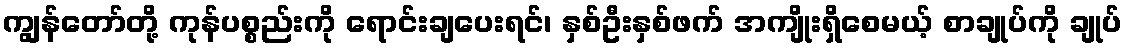
ကျွန်တော်တို့ ကုန်ပစ္စည်းကို ရောင်းချပေးရင်၊ နှစ်ဦးနှစ်ဖက် အကျိုးရှိစေမယ့် စာချုပ်ကို ချုပ်